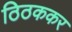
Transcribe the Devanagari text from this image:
ठिठककर